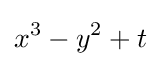
x^{3}-y^{2}+t